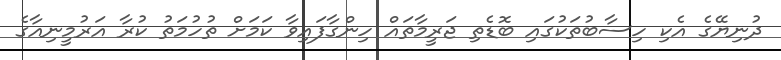
ދުނިޔޭގެ އެކި ހިސާބުތަކުގައި ބޮޑެތި ޖަރީމާތައް ހިންގާފައިވާ ކަމަށް ތުހުމަތު ކުރާ އަރުމީނިއާގެ